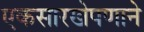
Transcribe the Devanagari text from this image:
एकसारखेपणाने